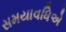
સમયાવધિએ